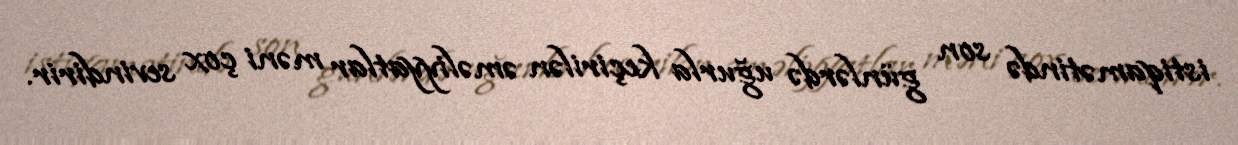
istiqamətində son günlərdə uğurla keçirilən əməliyyatlar məni çox sevindirir.